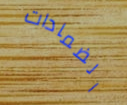
الضمادات